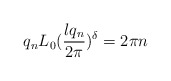
\begin{align*}q_nL_0(\frac{lq_n}{2\pi })^{\delta }=2\pi n\end{align*}